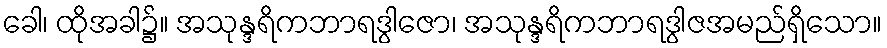
ခေါ၊ ထိုအခါ၌။ အသုန္ဒရိကဘာရဒွါဇော၊ အသုန္ဒရိကဘာရဒွါဇအမည်ရှိသော။